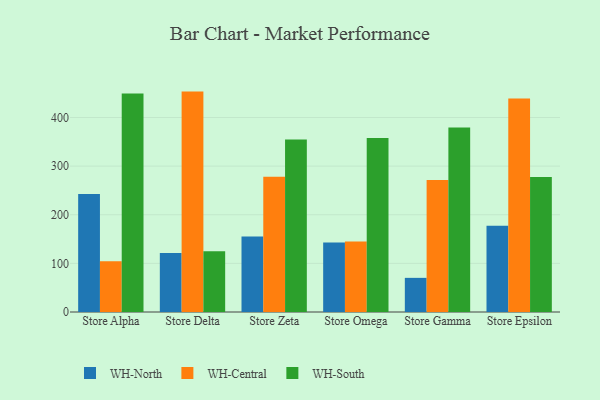
{"axis": {"x": "Store", "y": "Demand Index"}, "legend": ["WH-Central", "WH-North", "WH-South"], "data": [{"x": "Store Alpha", "y": 242.4, "type": "WH-North"}, {"x": "Store Alpha", "y": 104.2, "type": "WH-Central"}, {"x": "Store Alpha", "y": 449.2, "type": "WH-South"}, {"x": "Store Delta", "y": 121.1, "type": "WH-North"}, {"x": "Store Delta", "y": 453.2, "type": "WH-Central"}, {"x": "Store Delta", "y": 124.7, "type": "WH-South"}, {"x": "Store Zeta", "y": 155.1, "type": "WH-North"}, {"x": "Store Zeta", "y": 278.2, "type": "WH-Central"}, {"x": "Store Zeta", "y": 354.5, "type": "WH-South"}, {"x": "Store Omega", "y": 142.8, "type": "WH-North"}, {"x": "Store Omega", "y": 145.0, "type": "WH-Central"}, {"x": "Store Omega", "y": 357.6, "type": "WH-South"}, {"x": "Store Gamma", "y": 70.2, "type": "WH-North"}, {"x": "Store Gamma", "y": 271.3, "type": "WH-Central"}, {"x": "Store Gamma", "y": 379.5, "type": "WH-South"}, {"x": "Store Epsilon", "y": 177.2, "type": "WH-North"}, {"x": "Store Epsilon", "y": 439.0, "type": "WH-Central"}, {"x": "Store Epsilon", "y": 277.6, "type": "WH-South"}]}